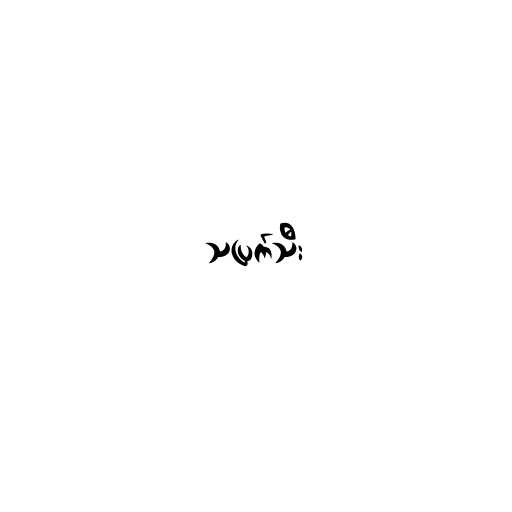
သပြက်သီး